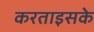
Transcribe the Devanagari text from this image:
करताइसके